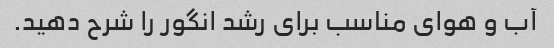
آب و هوای مناسب برای رشد انگور را شرح دهید.